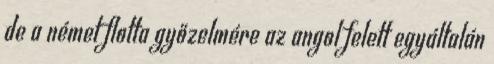
de a német flotta győzelmére az angol felett egyáltalán